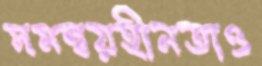
সমন্বয়হীনতাও